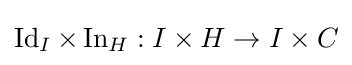
\operatorname {Id} _{I}\times \operatorname {In} _{H}:I\times H\to I\times C